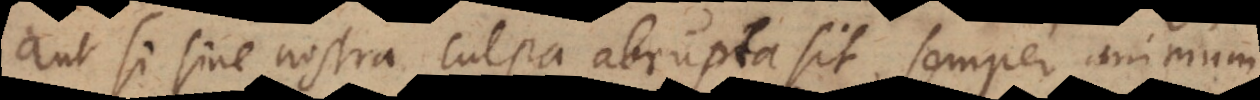
aut si sine nostra culpa abrupta sit, semper animum